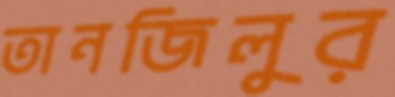
তানজিলুর